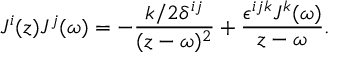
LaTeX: J ^ { i } ( z ) J ^ { j } ( \omega ) = - \frac { k / 2 \delta ^ { i j } } { ( z - \omega ) ^ { 2 } } + \frac { \epsilon ^ { i j k } J ^ { k } ( \omega ) } { z - \omega } .